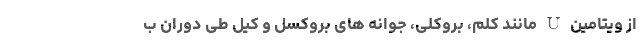
از ویتامین U مانند کلم، بروکلی، جوانه های بروکسل و کیل طی دوران ب